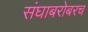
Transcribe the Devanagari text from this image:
संघाबरोबरच